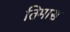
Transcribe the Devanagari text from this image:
तिमास